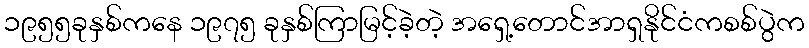
၁၉၅၅ခုနှစ်ကနေ ၁၉၇၅ ခုနှစ်ကြာမြင့်ခဲ့တဲ့ အရှေ့တောင်အာရှနိုင်ငံကစစ်ပွဲက